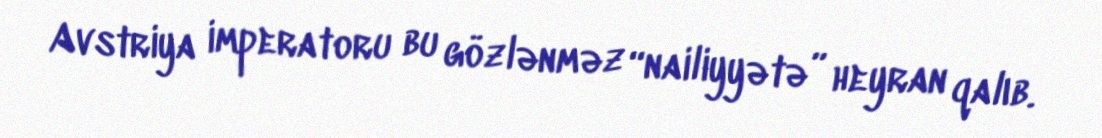
Avstriya imperatoru bu gözlənməz “nailiyyətə” heyran qalıb.